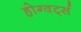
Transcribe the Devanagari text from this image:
होग्वर्ट्स